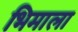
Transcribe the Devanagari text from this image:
भिमाला